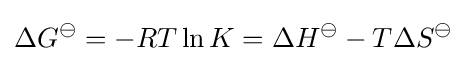
\Delta G^{\ominus }=-RT\ln K=\Delta H^{\ominus }-T\Delta S^{\ominus }